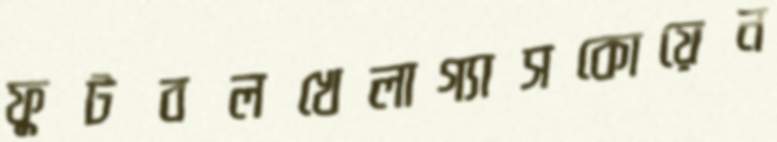
ফুটবলখেলাগ্যাসকোয়েন